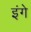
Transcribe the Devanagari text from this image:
इंगे